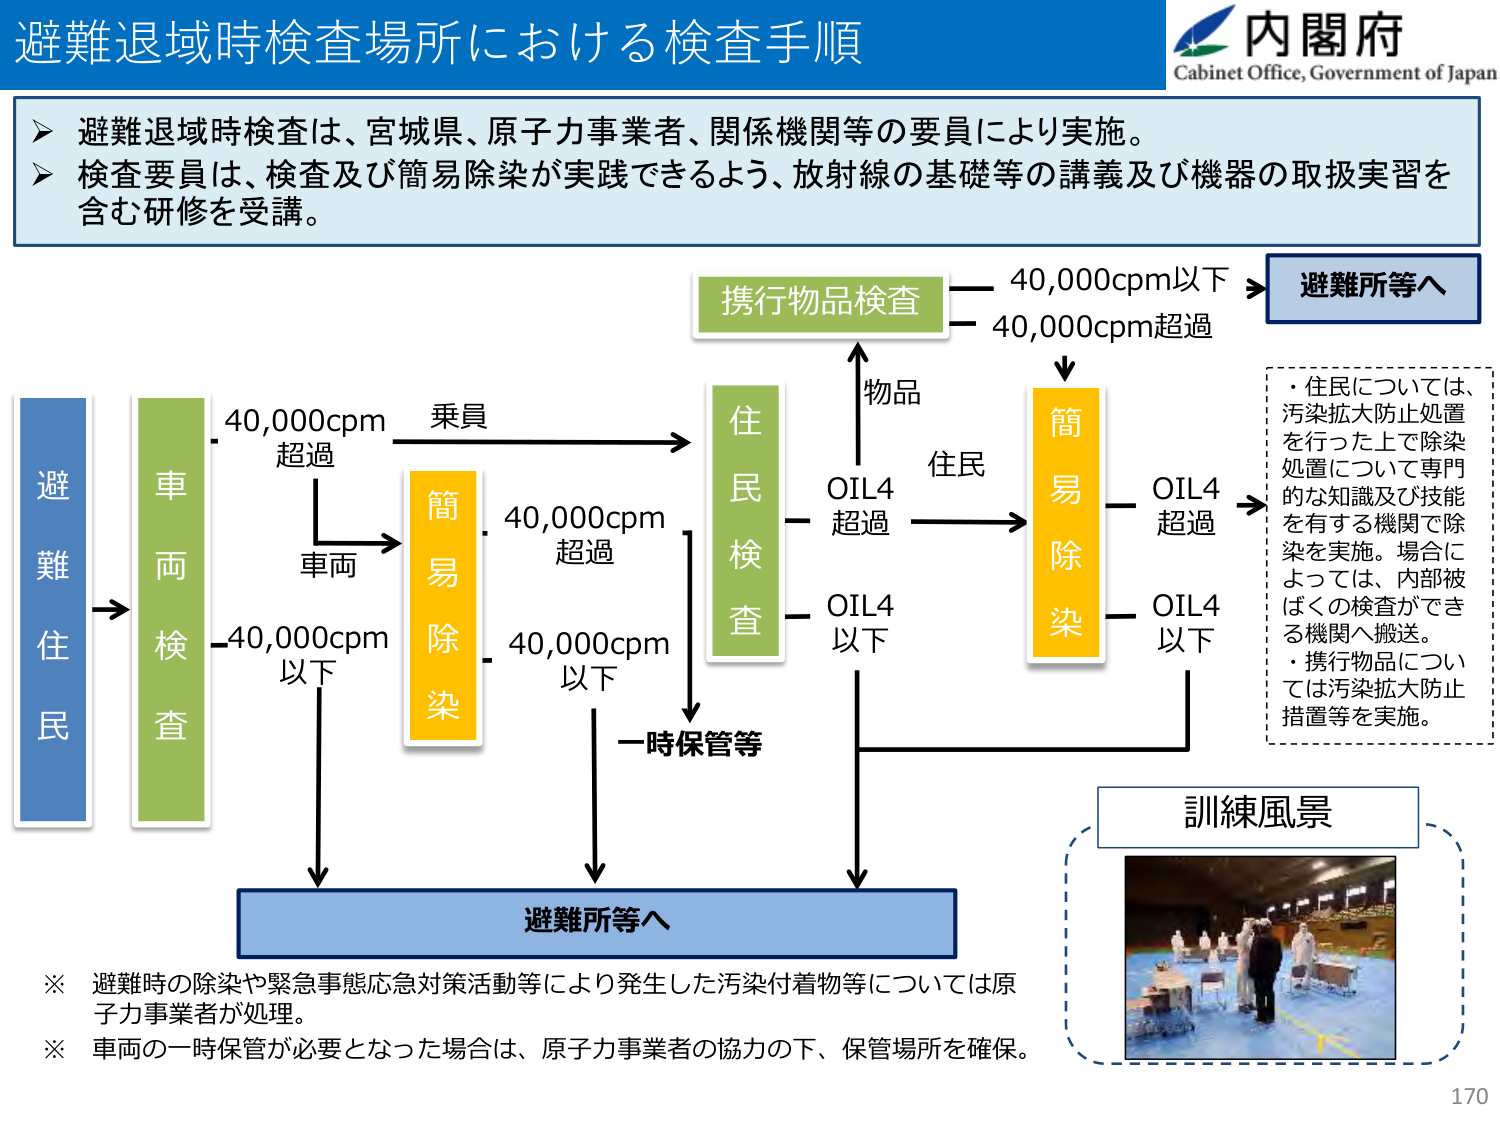
避難退域時検査場所における検査手順

内閣府
Cabinet Office, Government of Japan

➤ 避難退域時検査は、宮城県、原子力事業者、関係機関等の要員により実施。
➤ 検査要員は、検査及び簡易除染が実践できるよう、放射線の基礎等の講義及び機器の取扱実習を含む研修を受講。

避難住民
→ 車両検査
　　40,000cpm 超過 → 車両 → 簡易除染
　　40,000cpm 以下 → 避難所等へ

　　乗員 → 住民検査
　　　　　　物品 → 携行物品検査
　　　　　　　　40,000cpm以下 → 避難所等へ
　　　　　　　　40,000cpm超過 → 簡易除染

　　　　　　住民 → 簡易除染
　　　　　　　　OIL4 超過 → 簡易除染
　　　　　　　　OIL4 以下 → 避難所等へ

　　　　　　OIL4 超過 → 簡易除染
　　　　　　OIL4 以下 → 一時保管等

・住民については、
汚染拡大防止処置
を行った上で除染
処置について専門
的な知識及び技能
を有する機関で除
染を実施。場合に
よっては、内部被
ばくの検査ができ
る機関へ搬送。
・携行物品につい
ては汚染拡大防止
措置等を実施。

訓練風景

※ 避難時の除染や緊急事態応急対策活動等により発生した汚染付着物等については原子力事業者が処理。
※ 車両の一時保管が必要となった場合は、原子力事業者の協力の下、保管場所を確保。

170